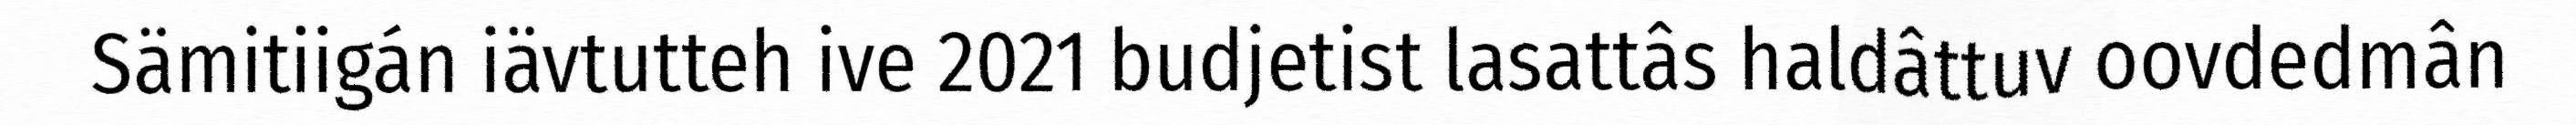
Sämitiigán iävtutteh ive 2021 budjetist lasattâs haldâttuv oovdedmân